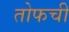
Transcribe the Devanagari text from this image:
तोफची